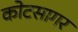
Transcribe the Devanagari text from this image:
कोटसागर